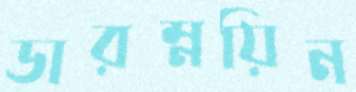
ডারম্নয়িন